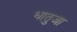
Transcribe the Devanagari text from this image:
धातुजा